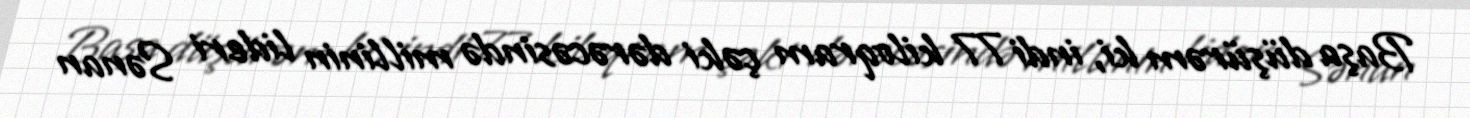
Başa düşürəm ki, indi 77 kiloqram çəki dərəcəsində millinin lideri Sənan